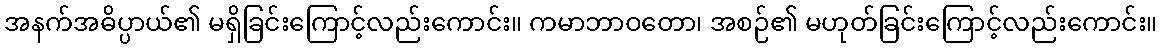
အနက်အဓိပ္ပာယ်၏ မရှိခြင်းကြောင့်လည်းကောင်း။ ကမာဘာဝတော၊ အစဉ်၏ မဟုတ်ခြင်းကြောင့်လည်းကောင်း။